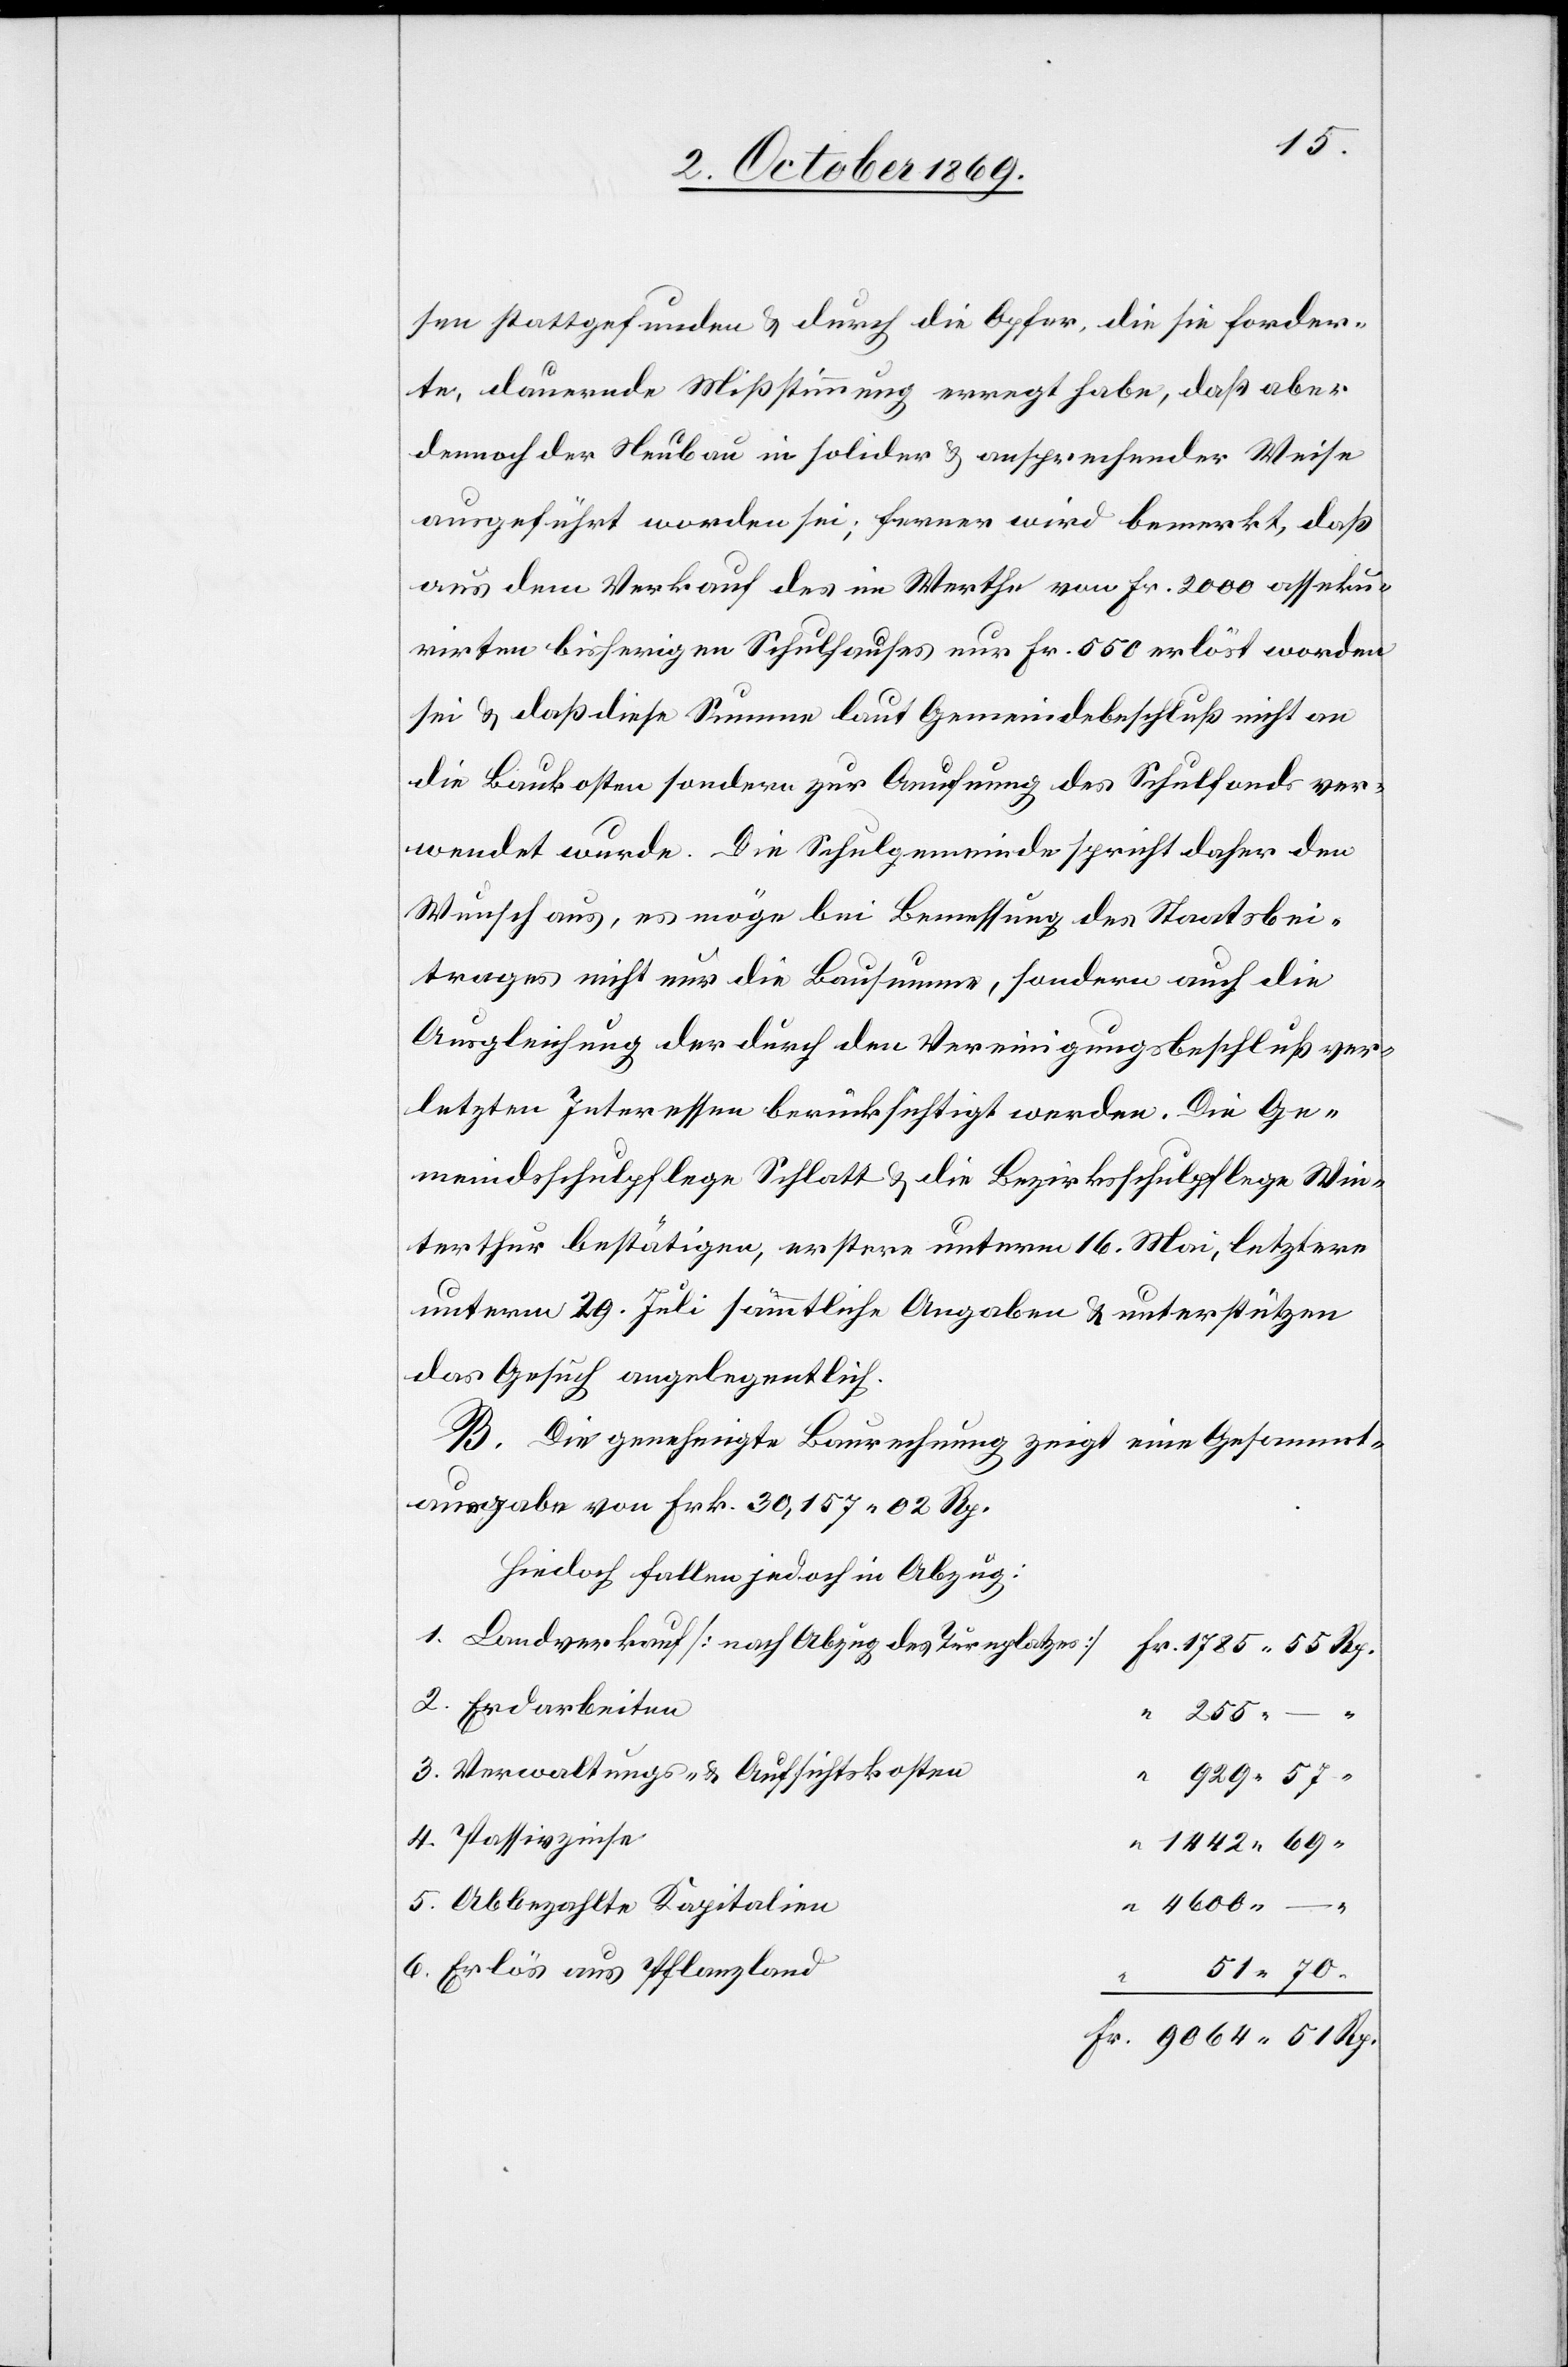
5.
sen stattgefunden & durch die Opfer, die sie forder¬
te, dauernde Mißstimmung erregt habe, daß aber
dennoch der Neubau in solider & ansprechender Weise
ausgeführt worden sei; ferner wird bemerkt, daß
aus dem Verkauf des im Werthe von Fr. 2000 asseku¬
rirten bisherigen Schulhauses nur Fr. 550 erlöst worden
sei & daß diese Summe laut Gemeindebeschluß nicht an
die Baukosten sondern zur Aeufnung des Schulfonds ver¬
wendet wurde. Die Schulgemeinde spricht daher den
Wunsch aus, es möge bei Bemessung des Staatsbei¬
trages nicht nur die Bausumme, sondern auch die
Ausgleichung der durch den Vereinigungsbeschluß ver¬
letzten Interessen berücksichtigt werden. Die Ge¬
meindsschulpflege Schlatt & die Bezirksschulpflege Win¬
terthur bestätigen, erstere unterm 16. Mai, letztere
unterm 29. Juli sämmtliche Angaben & unterstützen
das Gesuch angelegentlich.
B. Die genehmigte Baurechnung zeigt eine Gesammt¬
ausgabe von Frk. 30,157 02 Rp.
Hievon] fallen jedoch in Abzug:
Landverkauf [nach Abzug des Turnplatzes]
Fr. 1785 55 Rp.
“ 255 – “
Verwaltungs- & Aufsichtskosten
“ 929 57
“ 1442 69
“ 4600 –
Abbezahlte Kapitalien
51 70
Erlös aus Pflanzland
4.
Fr. 9064 51 Rp.